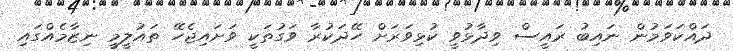
ދައްކަވަމުން ނައިބު ރައީސް ވިދާޅުވީ ކުޅިވަރަށް ހޭދަކުރާ ވަގުތަކީ ވަށައިޖެހޭ ތައުލީމީ ނިޒާމެއްގައި